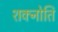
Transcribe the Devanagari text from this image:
शक्नोति